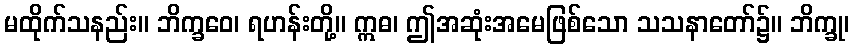
မထိုက်သနည်း။ ဘိက္ခဝေ၊ ရဟန်းတို့။ ဣဓ၊ ဤအဆုံးအမေဖြစ်သော သသနာတော်၌။ ဘိက္ခု၊